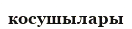
косушылары